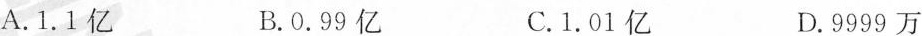
A.1.1亿 B.0.99亿 C.1.01亿 D.9999万